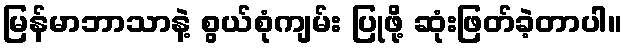
မြန်မာဘာသာနဲ့ စွယ်စုံကျမ်း ပြုဖို့ ဆုံးဖြတ်ခဲ့တာပါ။